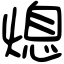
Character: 熄